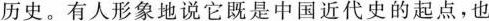
历史。有人形象地说它既是中国近代史的起点，也